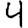
Digit: 4